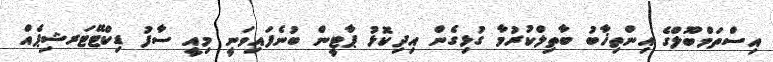
އިސްތަމްބޫލްގެ އިންތިޚާބު ބާތިލްކުރުމާ ގުޅިގެން އިދިކޮޅު ޕާޓީން ބުނެފައިވަނީ މިއީ ސާފު ޑިކްޓޭޓަރޝިޕެއް